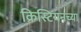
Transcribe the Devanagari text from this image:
क्रिस्टियनच्या